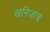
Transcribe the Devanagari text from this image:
खनिजांचं